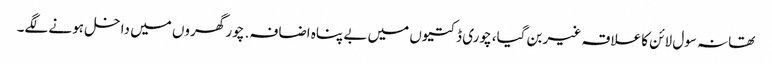
تھانہ سول لائن کا علاقہ غیر بن گیا، چوری ڈکتیوں میں بے پناہ اضافہ. چور گھروں میں داخل ہونے لگے۔